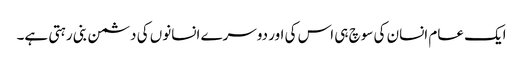
ایک عام انسان کی سوچ ہی اس کی اور دوسرے انسانوں کی دشمن بنی رہتی ہے۔